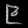
Digit: ၉